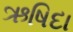
ઋષિદા